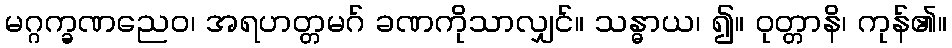
မဂ္ဂက္ခဏညေဝ၊ အရဟတ္တမဂ် ခဏကိုသာလျှင်။ သန္ဓာယ၊ ၍။ ဝုတ္တာနိ၊ ကုန်၏။